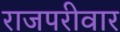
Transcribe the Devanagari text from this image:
राजपरीवार